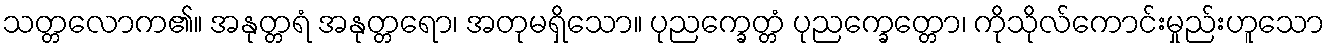
သတ္တလောက၏။ အနုတ္တရံ အနုတ္တရော၊ အတုမရှိသော။ ပုညက္ခေတ္တံ ပုညက္ခေတ္တော၊ ကိုသိုလ်ကောင်းမှုည်းဟူသော